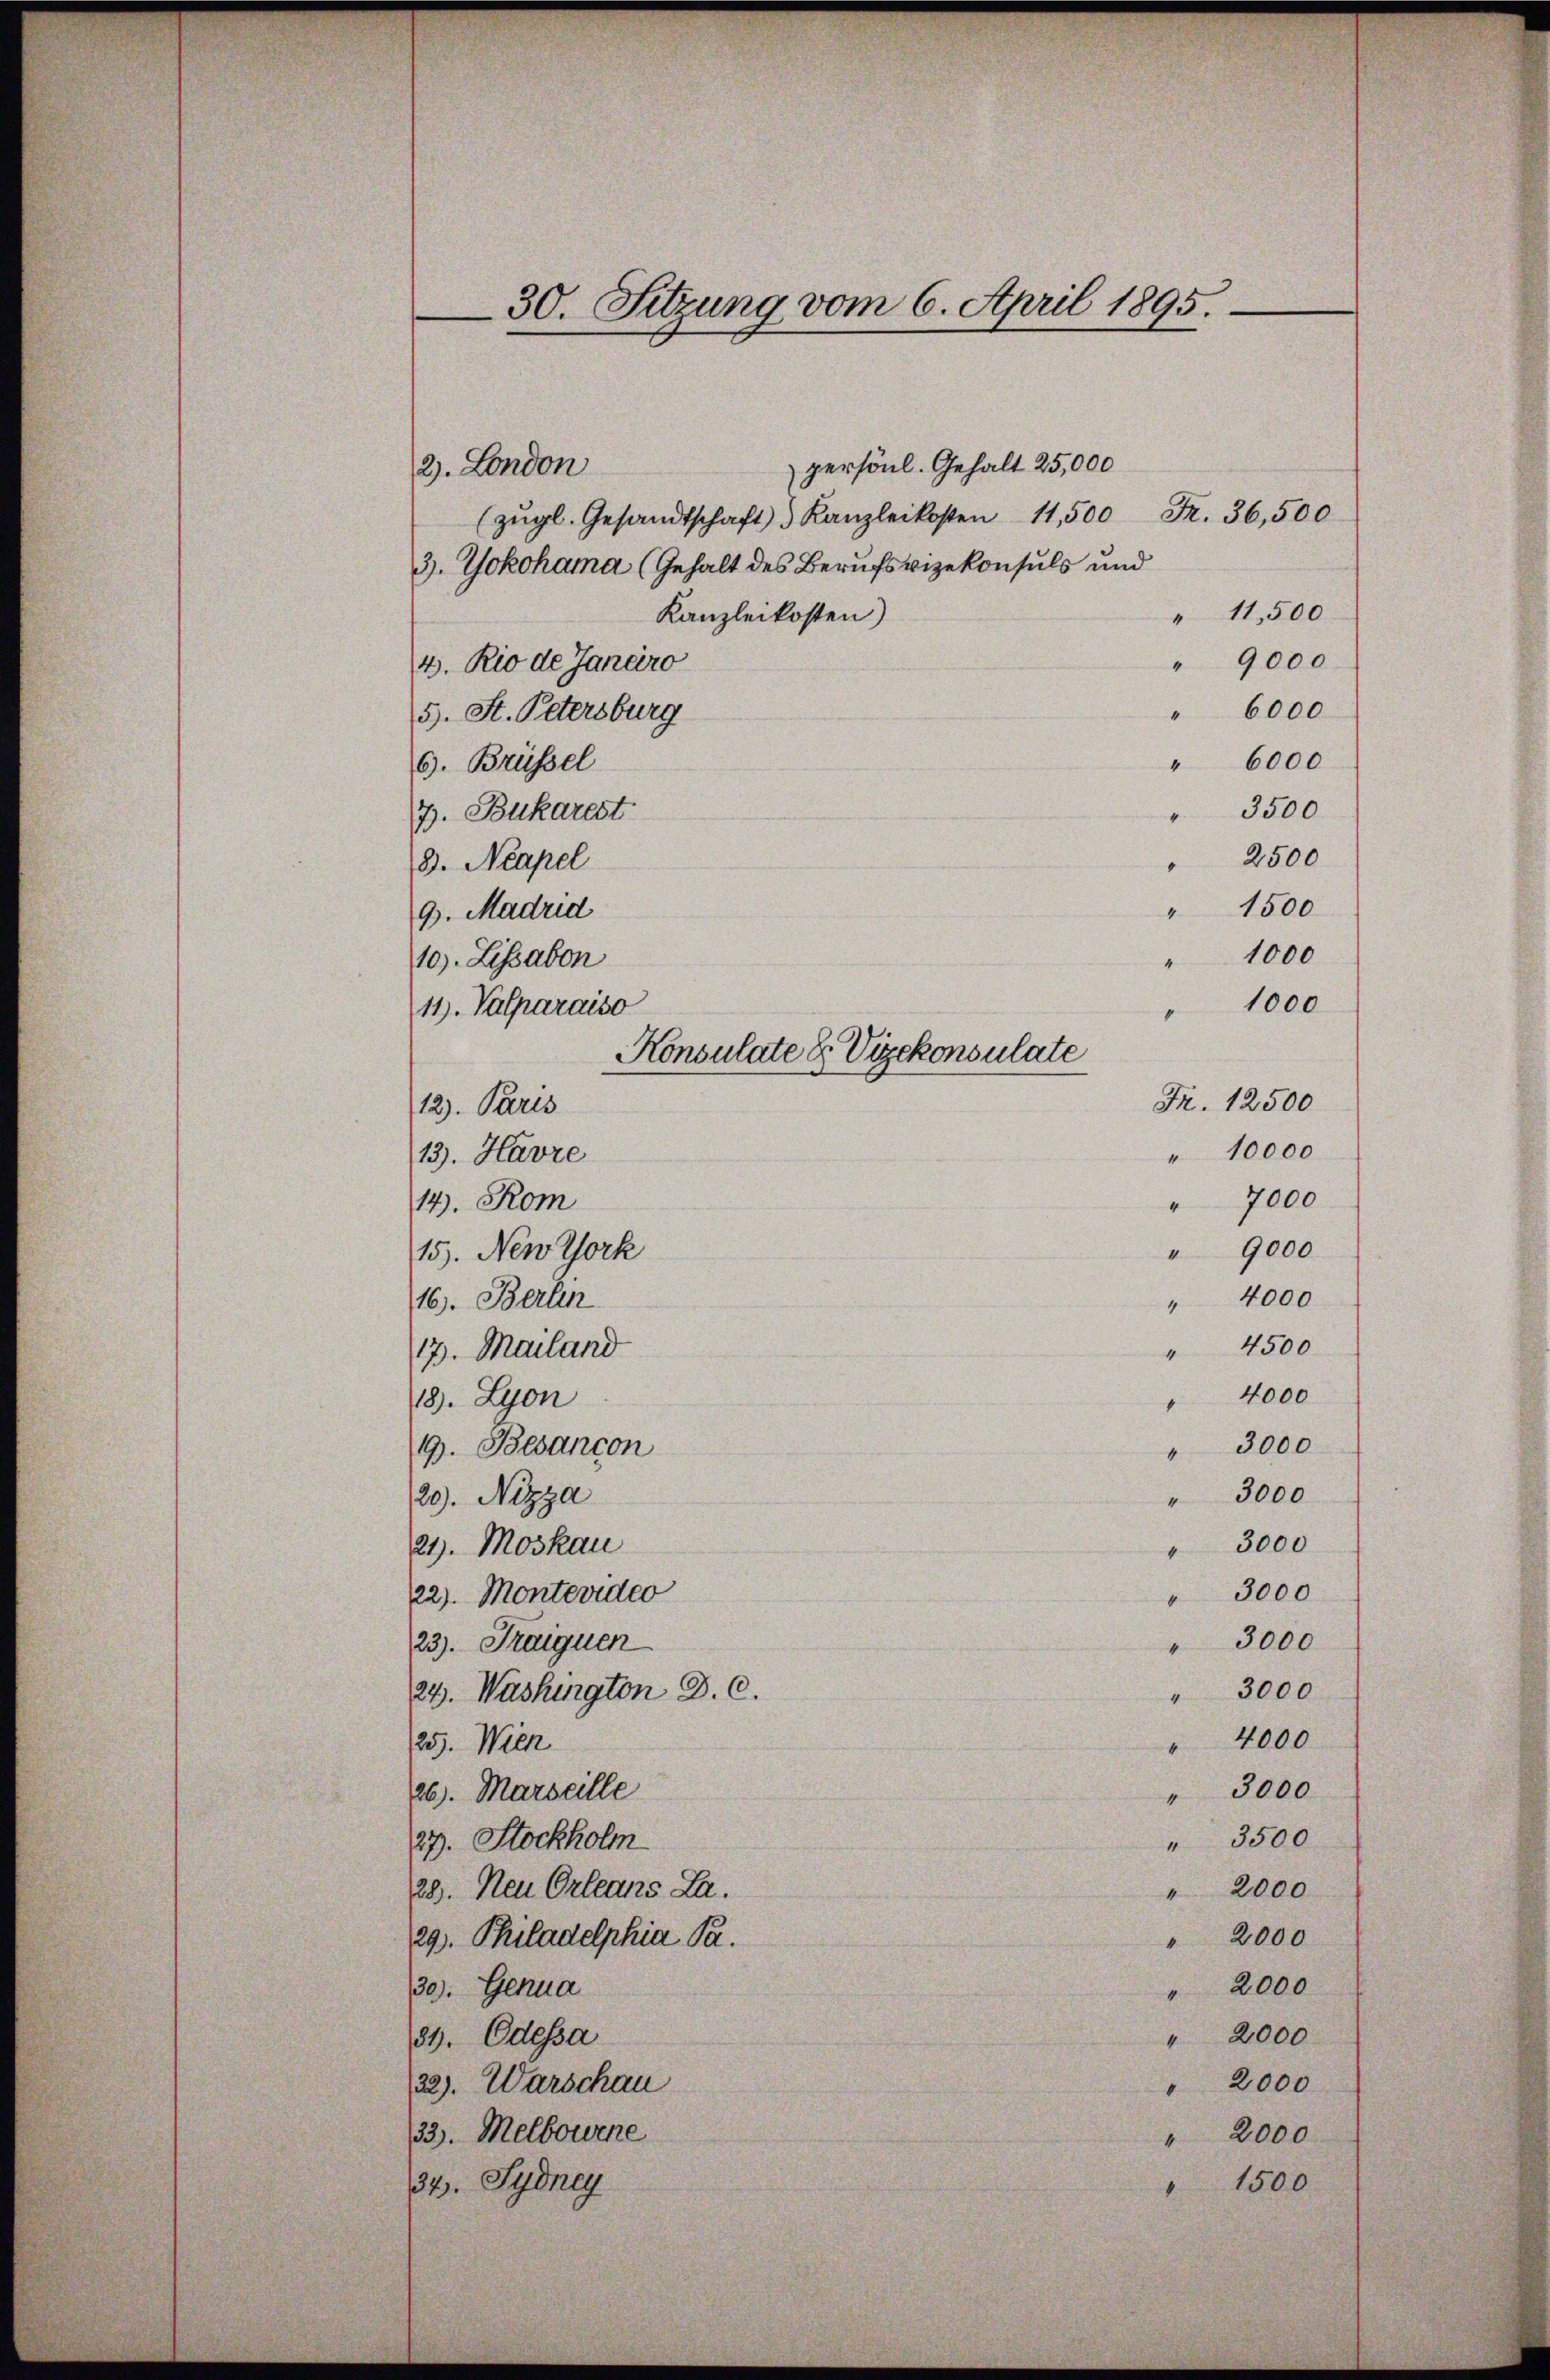
30. Sitzung vom 6. April 1895.

persönl. Gehalt 25,000
(zŭgl. Gesandtschaft. Kanzleikosten 11,500 Fr. 36,500
3. Yokohama (Gehalt des Berufsvizekonsuls und
" 11,500
Kanzleikosten)
" 9000
" 6000
" 6000
3500
" 7000
4000
18. Lyon
19. Besancon
29). Nizza
21. Moskau
22. Montevideo
23). Traiquen
" 3000
24. Washington D. C.
4000
25. Wien
26. Marseille
" 3000
" 3500
27. Stockholm
29. Neu Orleans La
" 2000
" 2000
29). Philadelphia S.
" 2000
30). Genua
" 2000
34. Odessa
" 2000
32). Warschau
33). Melbourne
" 2000
1500
34. Sydney

2. London

4. Rio de Janaro
5. St. Petersburg
G. Brüssel
7. Bukarest
3. Neapel
9. Madrid
10). Lissabon
11). Valparaiso
12. Paris
13. Havre

14). Rom

16. Berlin
17. Mailand

15). New York

2500
" 1500
1000
Konsulate & Vizekonsulate
" 10000
" 9000
" 4000
" 4500
" 3000
" 3000
" 3000
" 3000
" 3000

" 1000
Fr. 12500